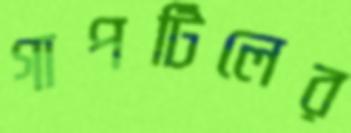
গাপটিলের